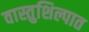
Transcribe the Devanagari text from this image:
वास्तुशिल्पात